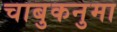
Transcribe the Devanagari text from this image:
चाबुकनुमा